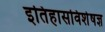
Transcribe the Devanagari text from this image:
इतिहासविशेषज्ञ